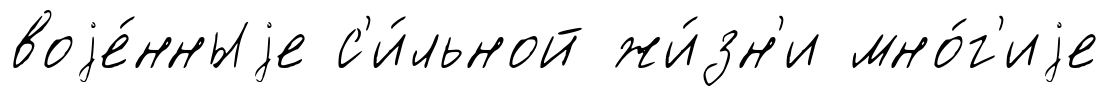
воjе́нныjе с'и́льной жи́зн'и мно́г'иjе